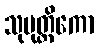
သုမုတ္တိကော